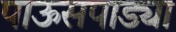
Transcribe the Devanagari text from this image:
पाऊसपाड्या